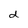
Character: d